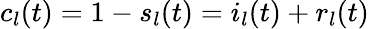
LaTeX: c_{l}(t)=1-s_{l}(t)=i_{l}(t)+r_{l}(t)